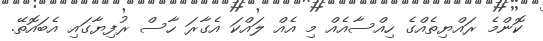
ކޮންމެ ރައްޔިތެއްގެ ހިއްސާއެއް މި އެއް ލައްކަ އެގާރަ ހާސް ރުފިޔާގައި އެބައޮތޭ.